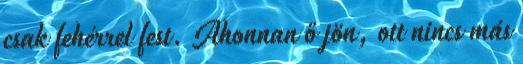
csak fehérrel fest. Ahonnan ő jön, ott nincs más